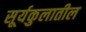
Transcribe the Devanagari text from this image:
सूर्यकुलातील